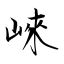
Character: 崍